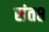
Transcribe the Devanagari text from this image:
संत८